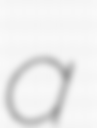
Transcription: a